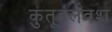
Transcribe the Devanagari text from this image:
कुतूहलवश